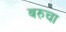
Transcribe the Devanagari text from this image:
बरुचा